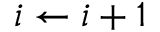
i \leftarrow i + 1